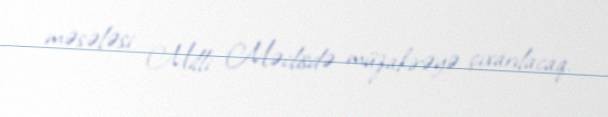
məsələsi Milli Məclisdə müzakirəyə çıxarılacaq.